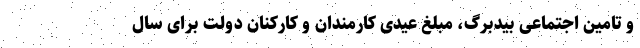
و تامین اجتماعی بیدبرگ، مبلغ عیدی کارمندان و کارکنان دولت برای سال